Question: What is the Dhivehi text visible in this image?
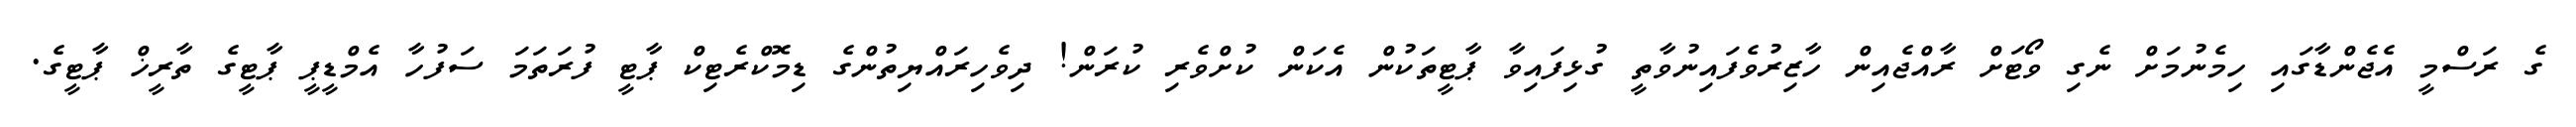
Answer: ގެ ރަސްމީ އެޖެންޑާގައި ހިމެނުމަށް ނެގި ވޯޓަށް ރާއްޖެއިން ހާޒިރުވެފައިނުވާތީ ގުޅިފައިވާ ޕާޓީތަކުން އެކަން ކުށްވެރި ކުރަން! ދިވެހިރައްޔިތުންގެ ޑިމޮކްރެޓިކް ޕާޓީ ފުރަތަމަ ސަފުހާ އެމްޑީޕީ ޕާޓީގެ ތާރީޚް ޕާޓީގެ.